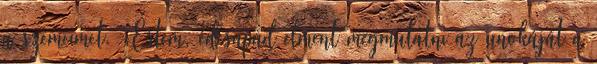
a szemeimet. -Értem, édesapád elment megmutatni az unokáját a